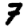
Digit: 7